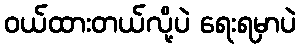
ဝယ်ထားတယ်လို့ပဲ ရေးရမှာပဲ